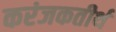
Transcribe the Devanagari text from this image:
करंजकतीर्थ